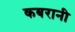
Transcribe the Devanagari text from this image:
कबरानी